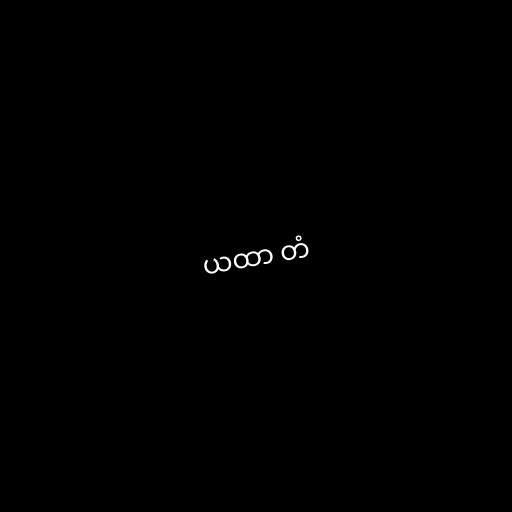
ယထာ တံ